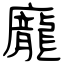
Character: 龐